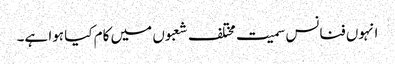
انہوں فنانس سمیت مختلف شعبوں میں کام کیا ہوا ہے۔